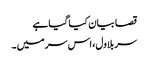
قصا بیان کیا گیا ہے
سر بلاول، اس سر میں ۔